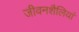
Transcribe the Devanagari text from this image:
जीवनशैलियां